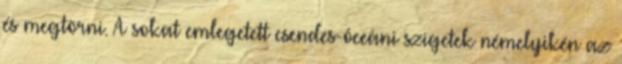
és megtörni. A sokat emlegetett csendes-óceáni szigetek némelyikén az